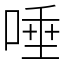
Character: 唾